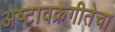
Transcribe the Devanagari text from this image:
अष्टावक्रगीतेचा